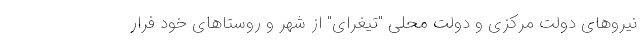
نیروهای دولت مرکزی و دولت محلی "تیغرای" از شهر و روستاهای خود فرار